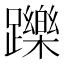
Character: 躒